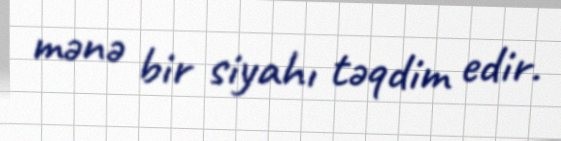
mənə bir siyahı təqdim edir.